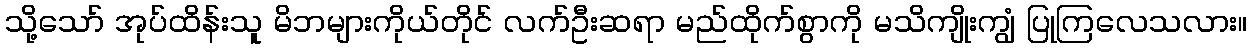
သို့သော် အုပ်ထိန်းသူ မိဘများကိုယ်တိုင် လက်ဦးဆရာ မည်ထိုက်စွာကို မသိကျိုးကျွံ ပြုကြလေသလား။